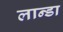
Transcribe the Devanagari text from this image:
लान्डा